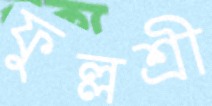
ফুল্লশ্রী